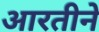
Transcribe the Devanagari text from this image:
आरतीने